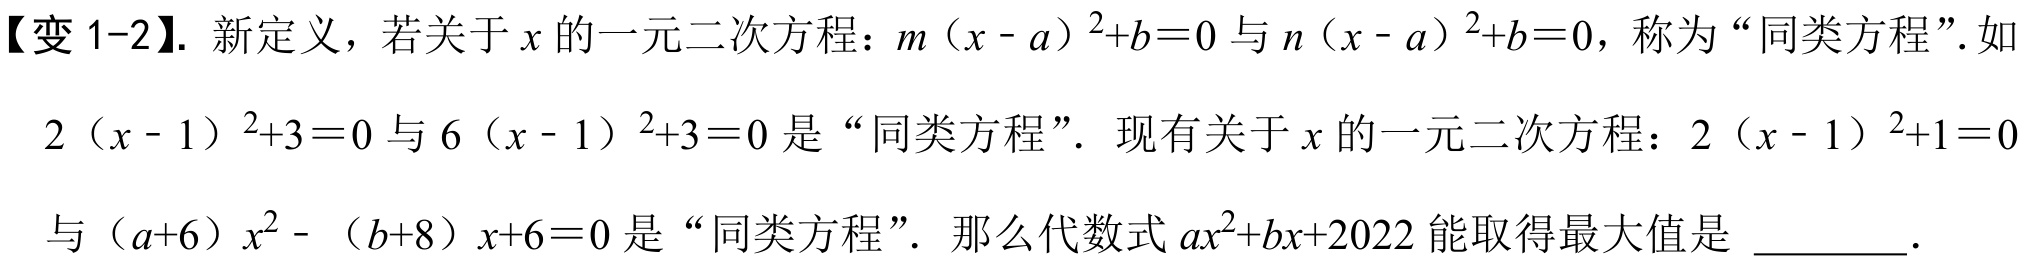
【变1-2】. 新定义，若关于\(x\)的一元二次方程：\(m(x - a)^{2}+b = 0\)与\(n(x - a)^{2}+b = 0\)，称为“同类方程”.如\(2(x - 1)^{2}+3 = 0\)与\(6(x - 1)^{2}+3 = 0\)是“同类方程”. 现有关于\(x\)的一元二次方程：\(2(x - 1)^{2}+1 = 0\)与\((a + 6)x^{2}-(b + 8)x + 6 = 0\)是“同类方程”. 那么代数式\(ax^{2}+bx + 2022\)能取得最大值是 \_\_\_\_\_ .